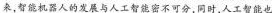
来，智能机器人的发展与人工智能密不可分，同时，人工智能也